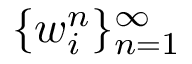
\{ w _ { i } ^ { n } \} _ { n = 1 } ^ { \infty }